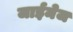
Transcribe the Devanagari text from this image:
जाईमेज